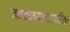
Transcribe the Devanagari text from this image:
जनकल्याणाकरिता